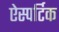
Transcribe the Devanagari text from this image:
ऐस्पर्टिक